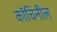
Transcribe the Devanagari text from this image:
कॉचिनील